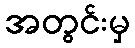
အတွင်းမှ